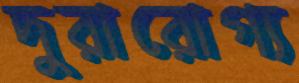
দুরারোগ্য